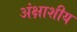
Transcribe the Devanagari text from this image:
अंक्षाशीय